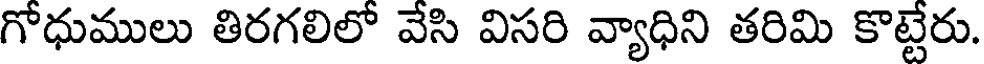
గోధుములు తిరగలిలో వేసి విసరి వ్యాధిని తరిమి కొట్టేరు.